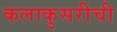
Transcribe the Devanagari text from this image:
कलाकुसरीची